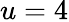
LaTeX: u=4